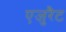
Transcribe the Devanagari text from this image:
एजुरैट